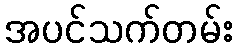
အပင်သက်တမ်း